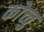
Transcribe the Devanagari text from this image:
कोच्चु